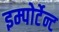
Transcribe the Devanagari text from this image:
इम्पोर्टेन्ट